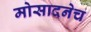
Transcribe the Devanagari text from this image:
मोसादनेच